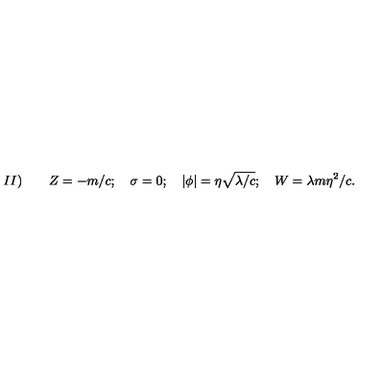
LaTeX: I I ) \qquad Z = - m / c ; \quad \sigma = 0 ; \quad \vert \phi \vert = \eta \sqrt { \lambda / c } ; \quad W = \lambda m \eta ^ { 2 } / c .